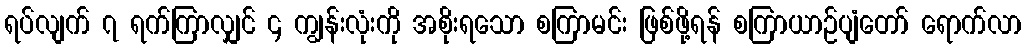
ရပ်လျက် ၇ ရက်ကြာလျှင် ၄ ကျွန်းလုံးကို အစိုးရသော စကြာမင်း ဖြစ်ဖို့ရန် စကြာယာဉ်ပျံတော် ရောက်လာ